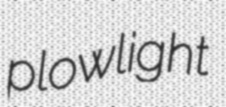
plowlight